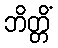
ဘိတ္တိံ